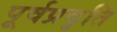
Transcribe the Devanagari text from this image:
पूर्वप्रवृति